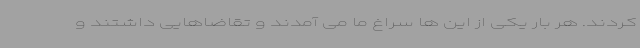
کردند. هر بار یکی از این ها سراغ ما می آمدند و تقاضاهایی داشتند و